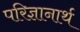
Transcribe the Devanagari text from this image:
परिज्ञानार्थ